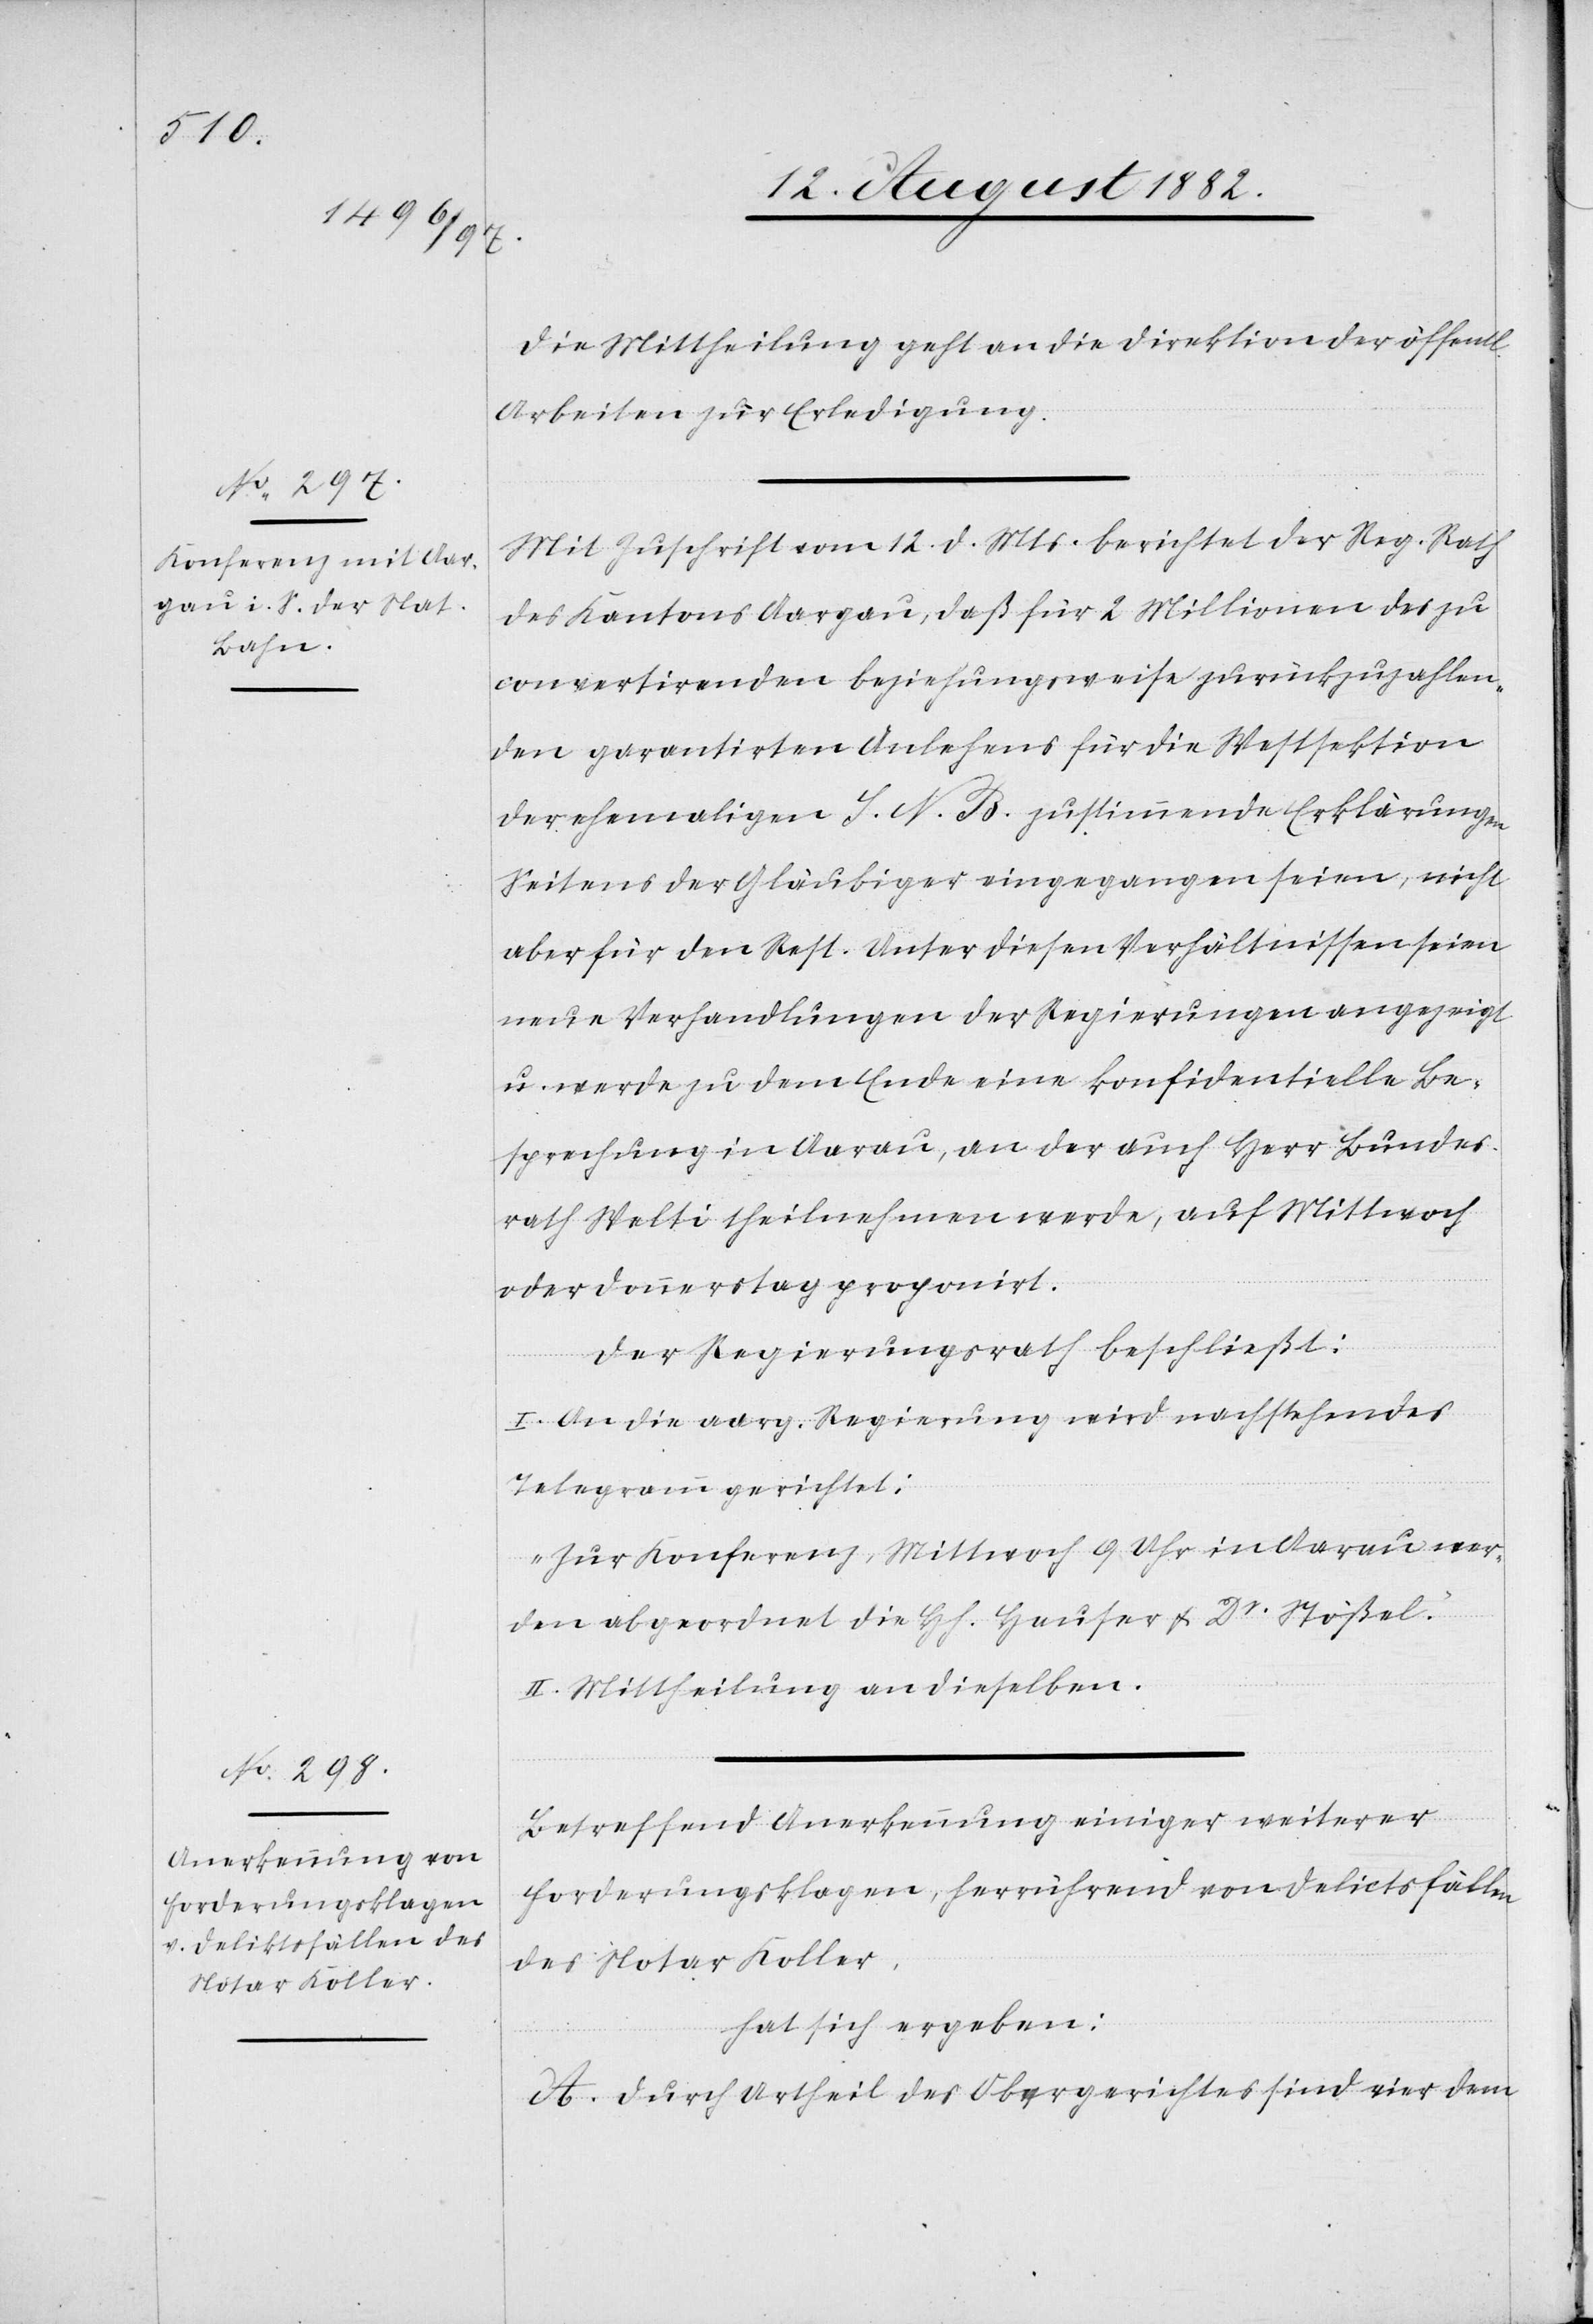
14. August 1882.]
Die Mittheilung geht an die Direktion der öffentl.
Arbeiten zur Erledigung.
Mit Zuschrift vom 12. d. Mts. berichtet der Reg. Rath
des Kantons Aargau, daß für 2 Millionen des zu
convertirenden beziehungsweise zurückzuzahlen¬
den garantirten Anlehens für die Westsektion
der ehemaligen S. N. B. zustimmende Erklärungen
Seitens der Gläubiger eingegangen seien, nicht
aber für den Rest. Unter diesen Verhältnissen seien
neue Verhandlungen der Regierungen angezeigt
u. werde zu dem Ende eine konfidentielle Be¬
sprechung in Aarau, an der auch Herr Bundes¬
rath Welti theilnehmen werde, auf Mittwoch
oder Donnerstag proponirt.
Der Regierungsrath beschließt:
I. An die aarg. Regierung wird nachstehendes
Telegramm gerichtet:
„Zur Konferenz, Mittwoch 9 Uhr in Aarau wer¬
den abgeordnet die H[erren] Hauser & Dr Stößel.“
II. Mittheilung an dieselben.
Betreffend Anerkennung einiger weiterer
Forderungsklagen, herrührend von Delictsfällen
des Notar Koller,
hat sich ergeben:
A. Durch Urtheil des Obergerichtes sind vier dem